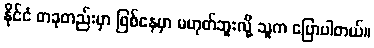
နိုင်ငံ တခုတည်းမှာ ဖြစ်နေမှာ မဟုတ်ဘူးလို့ သူက ပြောပါတယ်။